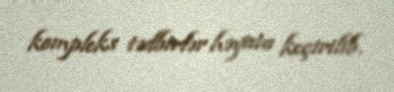
kompleks tədbirlər həyata keçirilib.